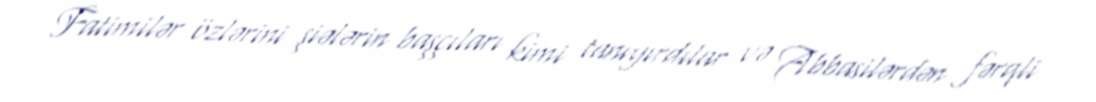
Fatimilər özlərini şiələrin başçıları kimi tanıyırdılar və Abbasilərdən fərqli